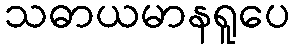
သဓာယမာနရူပေ